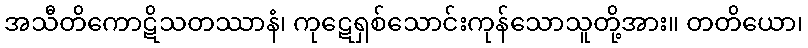
အသီတိကောဋိသတဿာနံ၊ ကုဋေရှစ်သောင်းကုန်သောသူတို့အား။ တတိယော၊